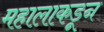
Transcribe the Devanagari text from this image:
महालाकडून